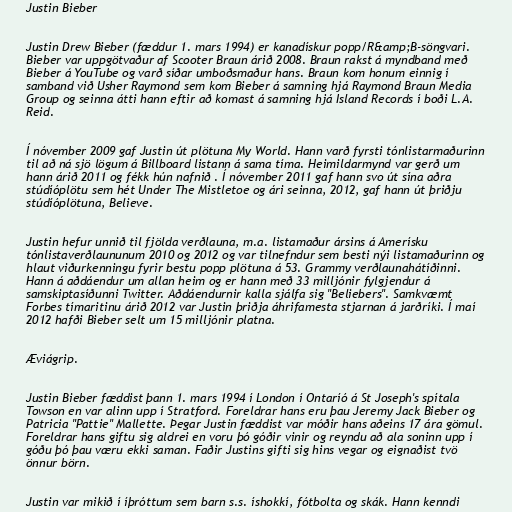
Justin Bieber

Justin Drew Bieber (fæddur 1. mars 1994) er kanadískur popp/R&amp;B-söngvari.
Bieber var uppgötvaður af Scooter Braun árið 2008. Braun rakst á myndband með
Bieber á YouTube og varð síðar umboðsmaður hans. Braun kom honum einnig í
samband við Usher Raymond sem kom Bieber á samning hjá Raymond Braun Media
Group og seinna átti hann eftir að komast á samning hjá Island Records í boði L.A.
Reid.

Í nóvember 2009 gaf Justin út plötuna My World. Hann varð fyrsti tónlistarmaðurinn
til að ná sjö lögum á Billboard listann á sama tíma. Heimildarmynd var gerð um
hann árið 2011 og fékk hún nafnið . Í nóvember 2011 gaf hann svo út sína aðra
stúdíóplötu sem hét Under The Mistletoe og ári seinna, 2012, gaf hann út þriðju
stúdíóplötuna, Believe.

Justin hefur unnið til fjölda verðlauna, m.a. listamaður ársins á Amerísku
tónlistaverðlaununum 2010 og 2012 og var tilnefndur sem besti nýi listamaðurinn og
hlaut viðurkenningu fyrir bestu popp plötuna á 53. Grammy verðlaunahátíðinni.
Hann á aðdáendur um allan heim og er hann með 33 milljónir fylgjendur á
samskiptasíðunni Twitter. Aðdáendurnir kalla sjálfa sig "Beliebers". Samkvæmt
Forbes tímaritinu árið 2012 var Justin þriðja áhrifamesta stjarnan á jarðríki. Í maí
2012 hafði Bieber selt um 15 milljónir platna.

Æviágrip.

Justin Bieber fæddist þann 1. mars 1994 í London í Ontaríó á St Joseph's spítala
Towson en var alinn upp í Stratford. Foreldrar hans eru þau Jeremy Jack Bieber og
Patricia "Pattie" Mallette. Þegar Justin fæddist var móðir hans aðeins 17 ára gömul.
Foreldrar hans giftu sig aldrei en voru þó góðir vinir og reyndu að ala soninn upp í
góðu þó þau væru ekki saman. Faðir Justins gifti sig hins vegar og eignaðist tvö
önnur börn.

Justin var mikið í íþróttum sem barn s.s. íshokkí, fótbolta og skák. Hann kenndi